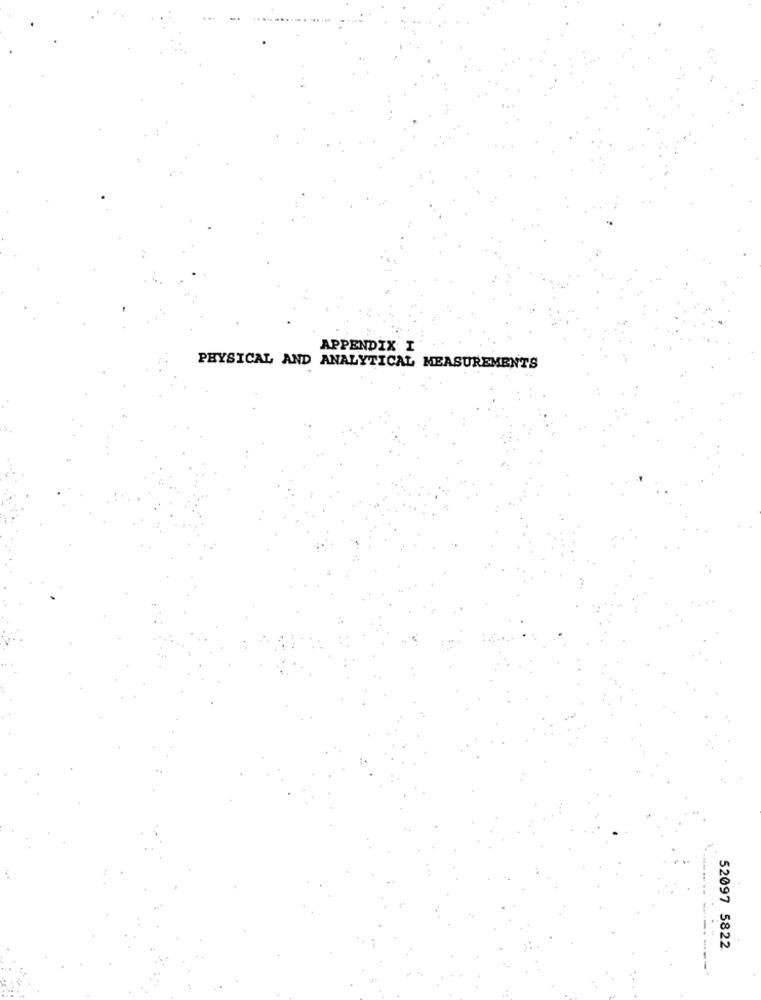
APPENDIX I
PHYSICAL AND ANALYTICAL MEASUREMENTS
52097 5822